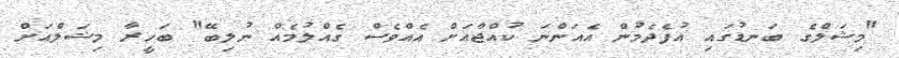
"މިޝަލްގެ ބަނޑުގައި އުފެދެމުން އެއަންނަ ކުއްޖާއަށް އެއްވެސް ގެއްލުމެއް ނުލިބޭ" ބަހީރާ މިޝަލްއަށް